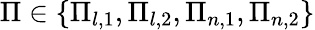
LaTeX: \Pi\in\{ \Pi_{l,1},\Pi_{l,2},\Pi_{n,1},\Pi_{n,2}\}